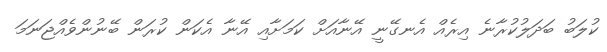
ކުލަބު ބަދަލުކުރާނެ އިރެއް އެނގޭނީ އޭނާއަށް ކަމަށާއި އޭނާ އެކަން ކުރަން ބޭނުންވެއްޖަނަމަ